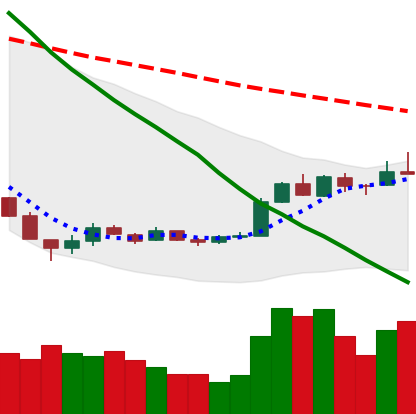
Ticker: EOS-USD
Chart end date: 2018-12-24
Forward return: -5.763%
Label: down_5_7